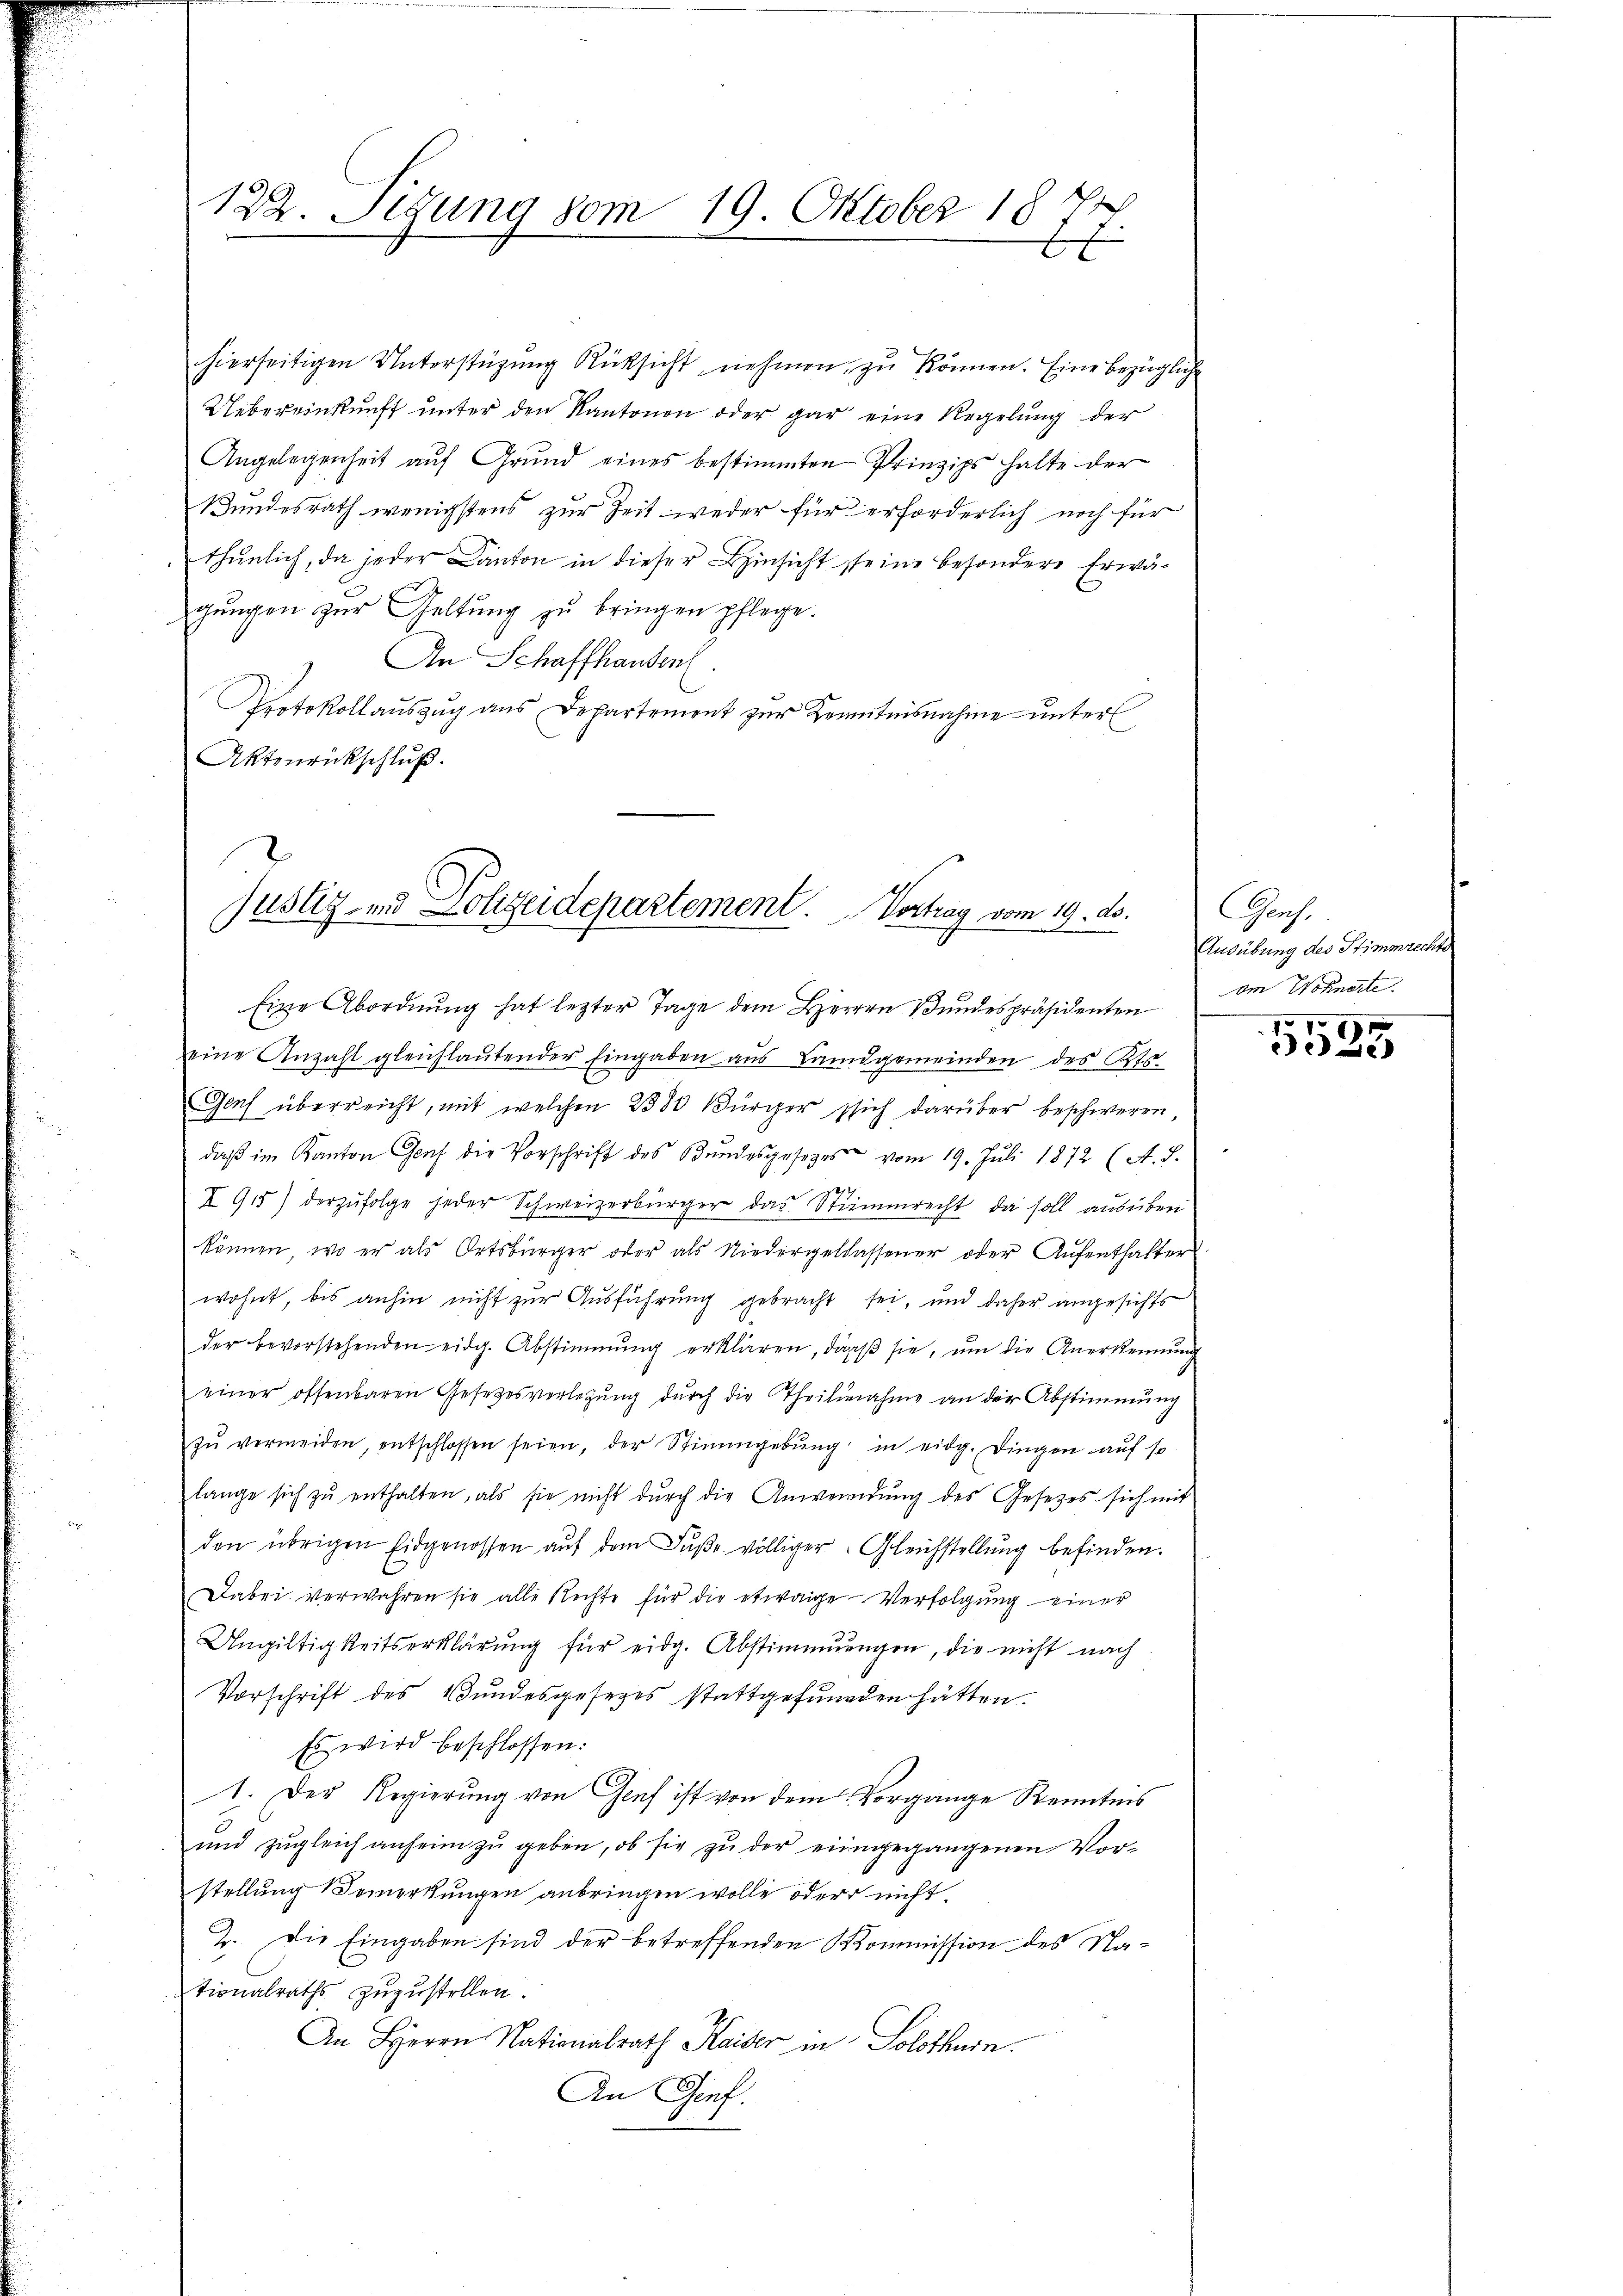
122. Sizung vom 19. Oktober 18
d

hierseitigen Unterstützŭng Rücksicht nehmen zŭ können. Eine bezügliche
Uebereinkunft unter den Kantonen oder gar eine Regelung der
Angelegenheit auf Grund eines bestimmten Prinzips halte der
Bundesrath wenigstens zur Zeit weder für erforderlich noch für
thunlich, da jeder Canton in dieser Hinsicht seine besondere Erwägŭngen zŭr Geltung zŭ bringen pflege.
An Schaffhausen.
Protokollaŭszŭg ans Departement zŭr Kenntnisnahme unter
Aktenrückschluß.

Justiz- und Polizeidepartement. Vortrag vom 19. ds.

Eine Abordnŭng hat lezter Tage dem Herren Bŭndespräsidenten am Wohnorte
eine Anzahl gleichlautender Eingaben aus Landgemeinden des Kts.
Genf überreicht, mit welchen 2380 Bürger sich darüber beschweren,
daβ im Kanton Genf die Vorschrift des Bŭndesgesetzes vom 19. Juli 1872 (A. S.
I 915) derzŭfolge jeder Schweizerbürger das Stimmrecht, da soll ausüben
können, wo er als Ortsbürger oder als Niedergeldassener oder Aŭfenthalter.
wohnt, bis anhin nicht zur Ausführung gebracht sei, und daher angesichts
der bevorstehenden eidg. Abstimmung erklären, daβ sie, ŭm die Anerkennung
einer offenbaren Gesetzesverlegŭng dŭrch die Theilnahme an der Abstimmung
zŭ vermeiden, entschlossen seien, der Stimmgebŭng in eidg. Dingen aŭf so
lange sich zŭ enthalten, als sie nicht dŭrch die Anwendŭng des Gesetzes sich mit
den übrigen Eidgenossen aŭf dem Fŭβe völliger Gleichstellung befinden.
Dabei verwahren sie alle Rechte für die etwaige Verfolgung einer
Ungiltigkeitserklärung für eidg. Abstimmungen, die nicht nach
Vorschrift des Bundesgesetzes stattgefunden hätten.
Es wird beschlossen:
1. Der Regierung von Genf ist von dem Vorgange Kenntnis
ŭnd zŭgleich anheim zŭ geben, ob sie zŭ der eingegangenen Vor-
stellung emerkungen anbringen wolle oder nicht.
2. Die Eingaben sind der betreffenden Kommission des Nationalraths zŭzŭstellen.
An Herrn Nationalrath Kaiser in Solothurn.
An Genf.

Genf,
Ausübung des Stimmrechts

5525